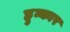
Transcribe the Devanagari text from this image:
हुन्कार